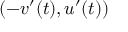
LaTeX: ( - v ^ { \prime } ( t ) , u ^ { \prime } ( t ) )